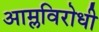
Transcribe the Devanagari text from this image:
आम्लविरोधी